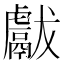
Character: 𱿖